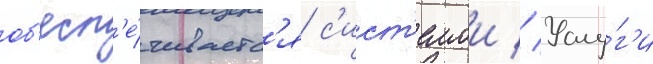
об'есп'е́чиваетс'я с'ист'емои // Услу́г'и